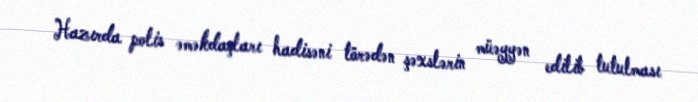
Hazırda polis əməkdaşları hadisəni törədən şəxslərin müəyyən edilib tutulması